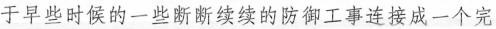
于早些时候的一些断断续续的防御工事连接成一个完